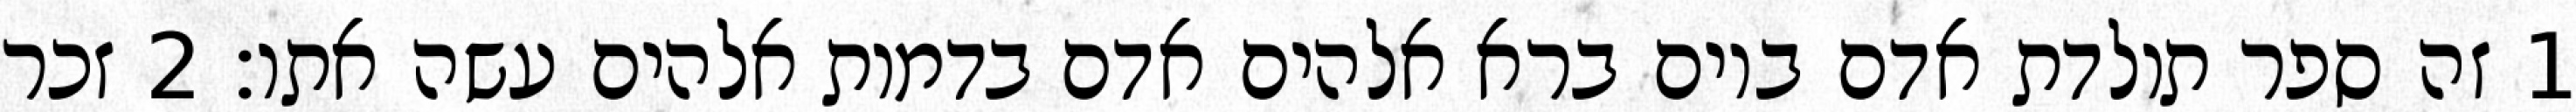
1 זה ספר תולדת אדם ביום ברא אלהים אדם בדמות אלהים עשה אתו׃ ‎2‏ זכר